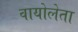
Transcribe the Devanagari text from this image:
वायोलेता